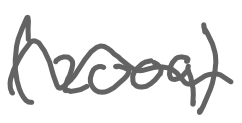
Text: (2009)
Cross-out: wave
Writing tool: digital_gray